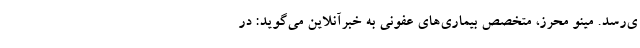
ی‌رسد. مینو محرز، متخصص بیماری‌های عفونی به خبرآنلاین می‌گوید: در